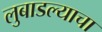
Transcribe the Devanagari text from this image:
लुबाडल्याचा